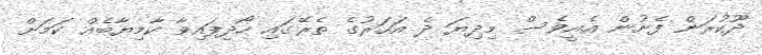
ދޫކުރަން ފެށުން އެއީވެސް މިދިޔަ ދެ އަހަރުގެ ތެރޭގައި ހޯދިފައިވާ ކާމިޔާބެއް ކަމަށް